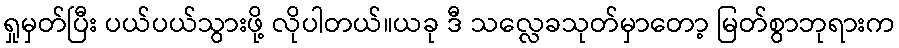
ရှုမှတ်ပြီး ပယ်ပယ်သွားဖို့ လိုပါတယ်။ယခု ဒီ သလ္လေခသုတ်မှာတော့ မြတ်စွာဘုရားက